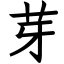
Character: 芽